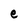
Character: e